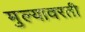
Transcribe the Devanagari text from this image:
मुल्यावरती